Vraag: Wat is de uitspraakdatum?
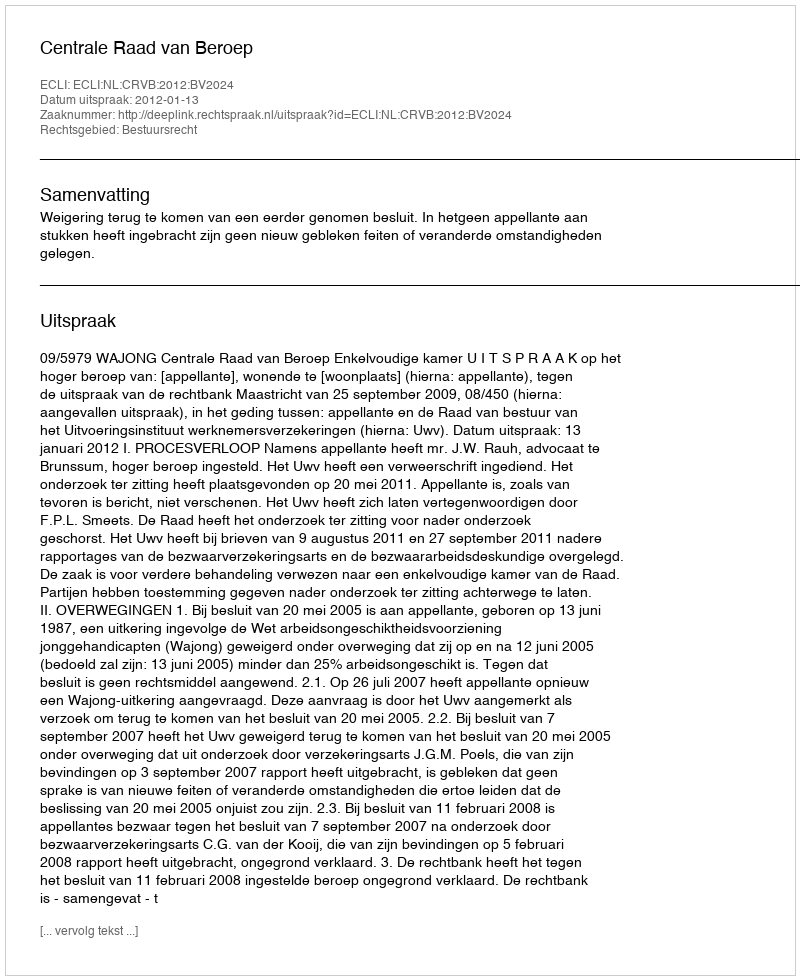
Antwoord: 2012-01-13